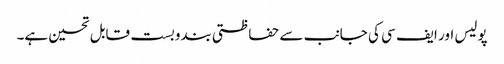
پولیس اور ایف سی کی جانب سے حفاظتی بندوبست قابل تحسین ہے۔